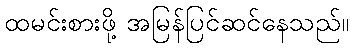
ထမင်းစားဖို့ အမြန်ပြင်ဆင်နေသည်။